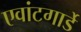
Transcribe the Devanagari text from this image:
एवांटगार्डे